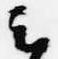
云